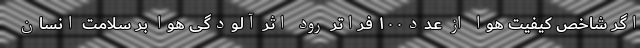
اگر شاخص کیفیت هوا از عدد۱۰۰ فراتر رود اثر آلودگی هوا بر سلامت انسان